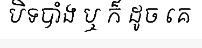
បិទបាំង ឬ ក៏ ដូច គេ